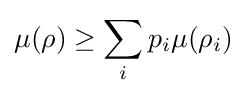
\mu (\rho )\geq \sum _{i}p_{i}\mu (\rho _{i})